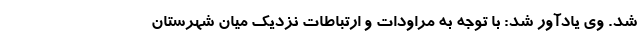
شد. وی یادآور شد: با توجه به مراودات و ارتباطات نزدیک میان شهرستان